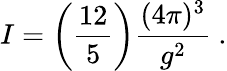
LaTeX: I=\biggl({\frac{12}{5}}\biggr){\frac{(4\pi)^{3}}{g^{2}}}~.